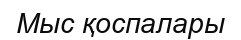
Мыс қоспалары